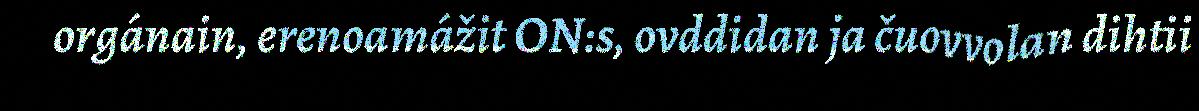
orgánain, erenoamážit ON:s, ovddidan ja čuovvolan dihtii